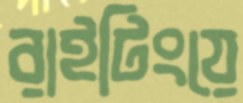
রাইটিংয়ে